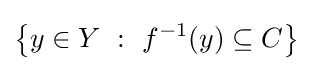
\left\{y\in Y~:~f^{-1}(y)\subseteq C\right\}